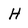
Character: H